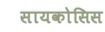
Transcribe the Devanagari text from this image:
सायकोसिस